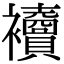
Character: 𧟎